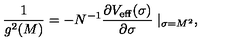
{ \frac { 1 } { g ^ { 2 } ( M ) } } = - N ^ { - 1 } { \frac { \partial V _ { \mathrm { e f f } } ( \sigma ) } { \partial \sigma } } \mid _ { \sigma = M ^ { 2 } } ,